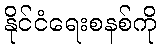
နိုင်ငံရေးစနစ်ကို